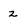
Character: 2